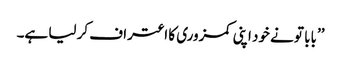
’’بابا تو نے خود اپنی کمزوری کا اعتراف کر لیا ہے۔